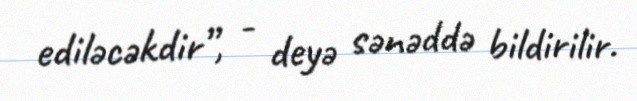
ediləcəkdir”, - deyə sənəddə bildirilir.